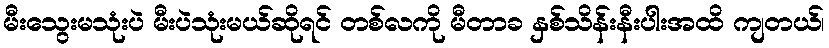
မီးသွေးမသုံးပဲ မီးပဲသုံးမယ်ဆိုရင် တစ်လကို မီတာခ နှစ်သိန်းနီးပါးအထိ ကျတယ်၊